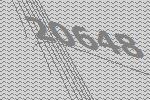
20648